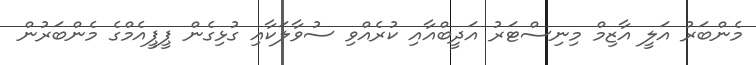
މެންބަރު އަލީ އާޒިމް މިނިސްޓަރު އަދީބްއާއި ކުރެއްވި ސުވާލަކާއި ގުޅިގެން ޕީޕީއެމްގެ މެންބަރުން